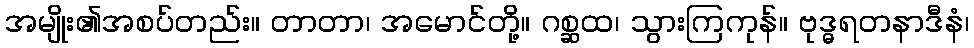
အမျိုး၏အစပ်တည်း။ တာတာ၊ အမောင်တို့။ ဂစ္ဆထ၊ သွားကြကုန်။ ဗုဒ္ဓရတနာဒီနံ၊